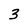
Character: 3